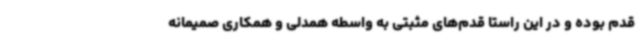
قدم بوده و در این راستا قدم‌های مثبتی به واسطه همدلی و همکاری صمیمانه